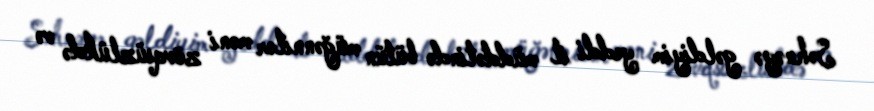
Səhnəyə gəldiyim yeddi il müddətində bütün müğənnilər məni zövqsüzlükdə və